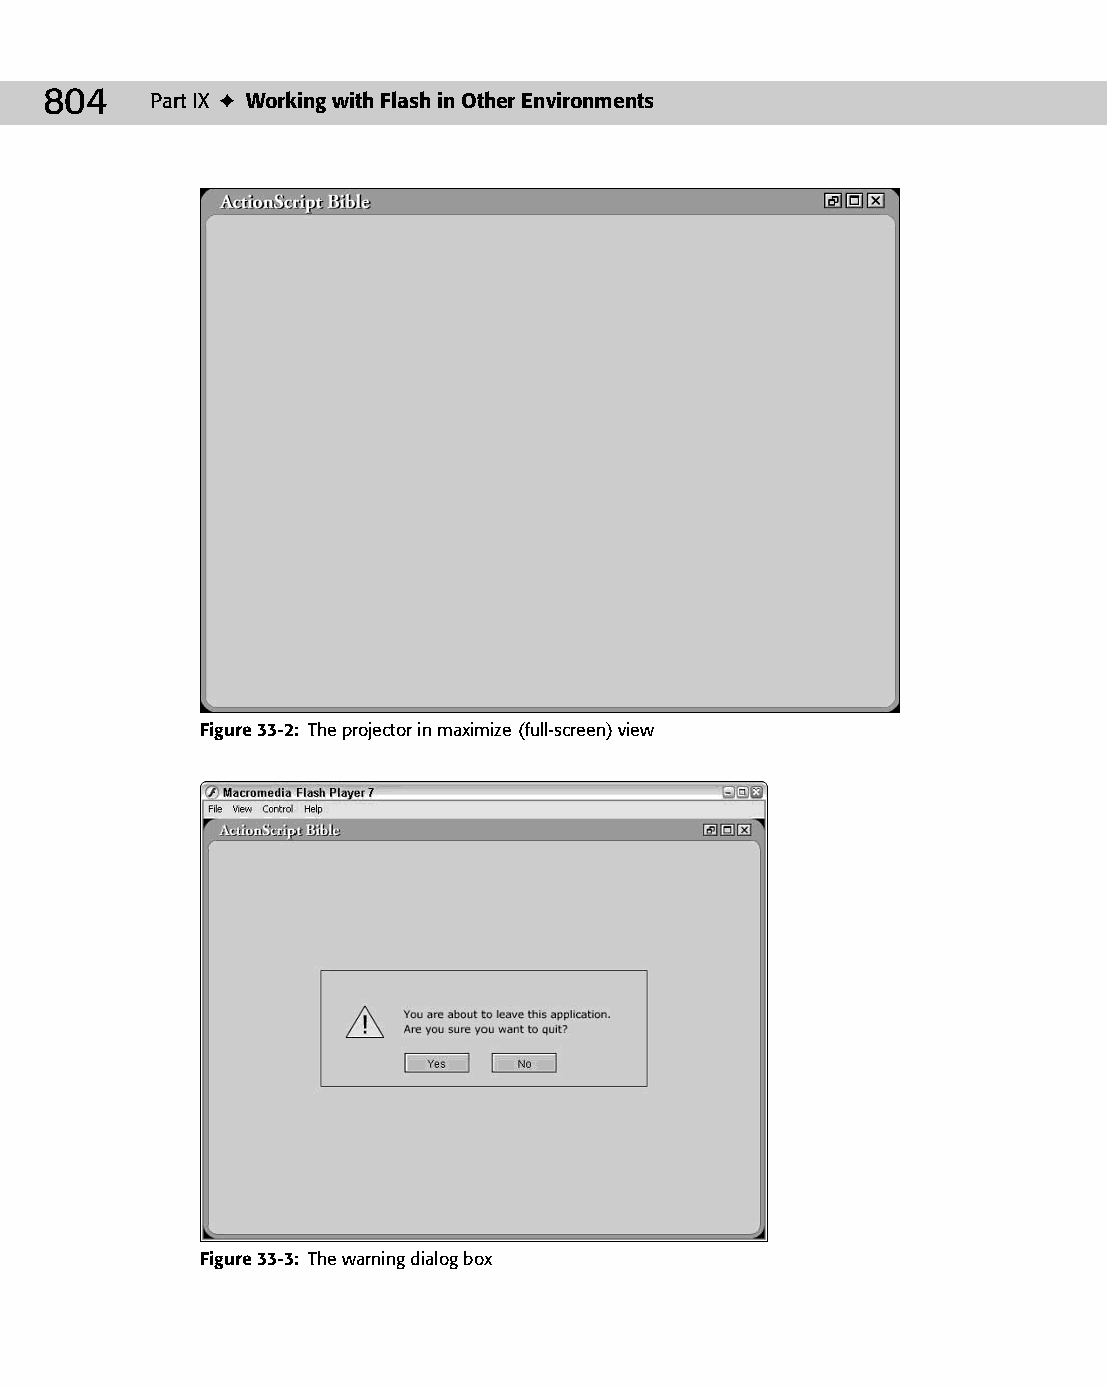
43 543547 ch33.qxd 3/24/04 4:16 PM Page 804
 804    Part IX ✦ Working with Flash in Other Environments
 Figure 33-2: The projector in maximize (full-screen) view
 Figure 33-3: The warning dialog box